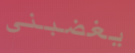
يغضبني